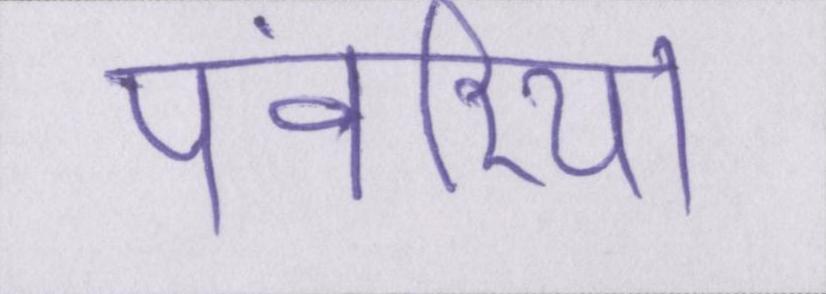
पंवरिया